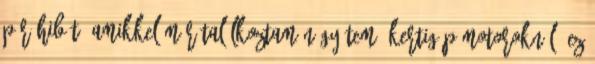
pár hibát, amikkel már találkoztam négyütemű kertigép motoroknál. Ez